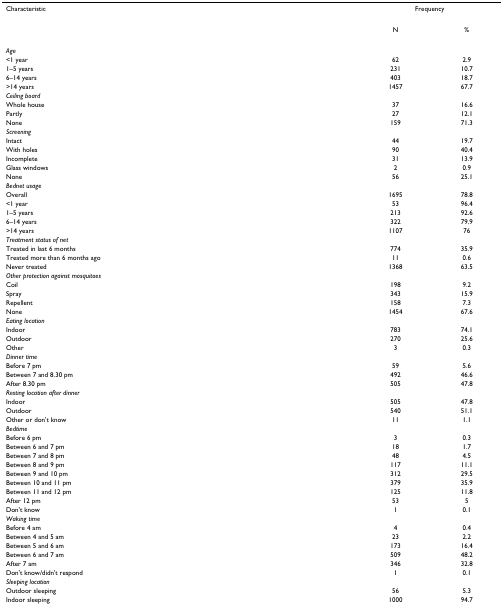
<table><thead><tr><td><b>Characteristic</b></td><td colspan="2"><b>Frequency</b></td></tr><tr><td></td><td><b>N</b></td><td><b>%</b></td></tr></thead><tbody><tr><td><i>Age</i></td><td></td><td></td></tr><tr><td>&lt;1 year</td><td>62</td><td>2.9</td></tr><tr><td>1–5 years</td><td>231</td><td>10.7</td></tr><tr><td>6–14 years</td><td>403</td><td>18.7</td></tr><tr><td>&gt;14 years</td><td>1457</td><td>67.7</td></tr><tr><td><i>Ceiling board</i></td><td></td><td></td></tr><tr><td>Whole house</td><td>37</td><td>16.6</td></tr><tr><td>Partly</td><td>27</td><td>12.1</td></tr><tr><td>None</td><td>159</td><td>71.3</td></tr><tr><td><i>Screening</i></td><td></td><td></td></tr><tr><td>Intact</td><td>44</td><td>19.7</td></tr><tr><td>With holes</td><td>90</td><td>40.4</td></tr><tr><td>Incomplete</td><td>31</td><td>13.9</td></tr><tr><td>Glass windows</td><td>2</td><td>0.9</td></tr><tr><td>None</td><td>56</td><td>25.1</td></tr><tr><td><i>Bednet usage</i></td><td></td><td></td></tr><tr><td>Overall</td><td>1695</td><td>78.8</td></tr><tr><td>&lt;1 year</td><td>53</td><td>96.4</td></tr><tr><td>1–5 years</td><td>213</td><td>92.6</td></tr><tr><td>6–14 years</td><td>322</td><td>79.9</td></tr><tr><td>&gt;14 years</td><td>1107</td><td>76</td></tr><tr><td><i>Treatment status of net</i></td><td></td><td></td></tr><tr><td>Treated in last 6 months</td><td>774</td><td>35.9</td></tr><tr><td>Treated more than 6 months ago</td><td>11</td><td>0.6</td></tr><tr><td>Never treated</td><td>1368</td><td>63.5</td></tr><tr><td><i>Other protection against mosquitoes</i></td><td></td><td></td></tr><tr><td>Coil</td><td>198</td><td>9.2</td></tr><tr><td>Spray</td><td>343</td><td>15.9</td></tr><tr><td>Repellent</td><td>158</td><td>7.3</td></tr><tr><td>None</td><td>1454</td><td>67.6</td></tr><tr><td><i>Eating location</i></td><td></td><td></td></tr><tr><td>Indoor</td><td>783</td><td>74.1</td></tr><tr><td>Outdoor</td><td>270</td><td>25.6</td></tr><tr><td>Other</td><td>3</td><td>0.3</td></tr><tr><td><i>Dinner time</i></td><td></td><td></td></tr><tr><td>Before 7 pm</td><td>59</td><td>5.6</td></tr><tr><td>Between 7 and 8.30 pm</td><td>492</td><td>46.6</td></tr><tr><td>After 8.30 pm</td><td>505</td><td>47.8</td></tr><tr><td><i>Resting location after dinner</i></td><td></td><td></td></tr><tr><td>Indoor</td><td>505</td><td>47.8</td></tr><tr><td>Outdoor</td><td>540</td><td>51.1</td></tr><tr><td>Other or don&#x27;t know</td><td>11</td><td>1.1</td></tr><tr><td><i>Bedtime</i></td><td></td><td></td></tr><tr><td>Before 6 pm</td><td>3</td><td>0.3</td></tr><tr><td>Between 6 and 7 pm</td><td>18</td><td>1.7</td></tr><tr><td>Between 7 and 8 pm</td><td>48</td><td>4.5</td></tr><tr><td>Between 8 and 9 pm</td><td>117</td><td>11.1</td></tr><tr><td>Between 9 and 10 pm</td><td>312</td><td>29.5</td></tr><tr><td>Between 10 and 11 pm</td><td>379</td><td>35.9</td></tr><tr><td>Between 11 and 12 pm</td><td>125</td><td>11.8</td></tr><tr><td>After 12 pm</td><td>53</td><td>5</td></tr><tr><td>Don&#x27;t know</td><td>1</td><td>0.1</td></tr><tr><td><i>Waking time</i></td><td></td><td></td></tr><tr><td>Before 4 am</td><td>4</td><td>0.4</td></tr><tr><td>Between 4 and 5 am</td><td>23</td><td>2.2</td></tr><tr><td>Between 5 and 6 am</td><td>173</td><td>16.4</td></tr><tr><td>Between 6 and 7 am</td><td>509</td><td>48.2</td></tr><tr><td>After 7 am</td><td>346</td><td>32.8</td></tr><tr><td>Don&#x27;t know/didn&#x27;t respond</td><td>1</td><td>0.1</td></tr><tr><td><i>Sleeping location</i></td><td></td><td></td></tr><tr><td>Outdoor sleeping</td><td>56</td><td>5.3</td></tr><tr><td>Indoor sleeping</td><td>1000</td><td>94.7</td></tr></tbody></table>